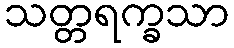
သတ္တရက္ခသာ